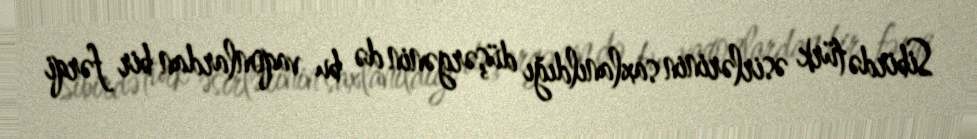
Sibirdə türk əsirlərinin saxlanıldığı düşərgənin də bu vaqonlardan bir fərqi